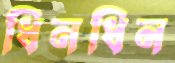
ধিনধিন